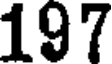
197